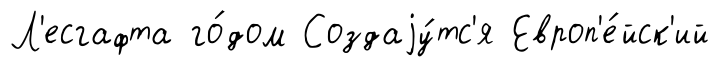
Л'есгафта го́дом Создаjу́тс'я Европ'е́йск'ий